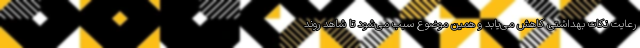
رعایت نکات بهداشتی کاهش می‌یابد و همین موضوع سبب می‌شود تا شاهد روند